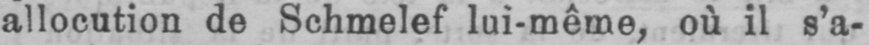
allocution de Schmelef lui-même, où il s’a-